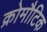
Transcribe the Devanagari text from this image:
क्रोमौटिक